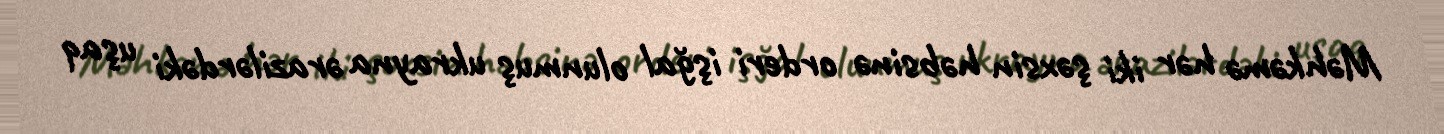
Məhkəmə hər iki şəxsin həbsinə orderi işğal olunmuş ukrayna ərazilərdəki uşaq